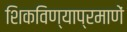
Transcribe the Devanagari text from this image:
शिकविण्याप्रमाणें